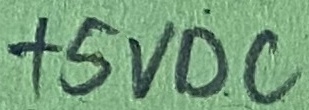
Text: +5VDC